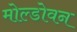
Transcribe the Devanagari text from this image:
मोल्डोवन